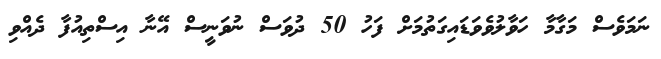
ނަމަވެސް މަގާމާ ހަވާލުވެވަޑައިގަތުމަށް ފަހު 50 ދުވަސް ނުވަނީސް އޭނާ އިސްތިއުފާ ދެއްވި